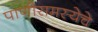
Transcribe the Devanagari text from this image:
पाणीसमस्येचे